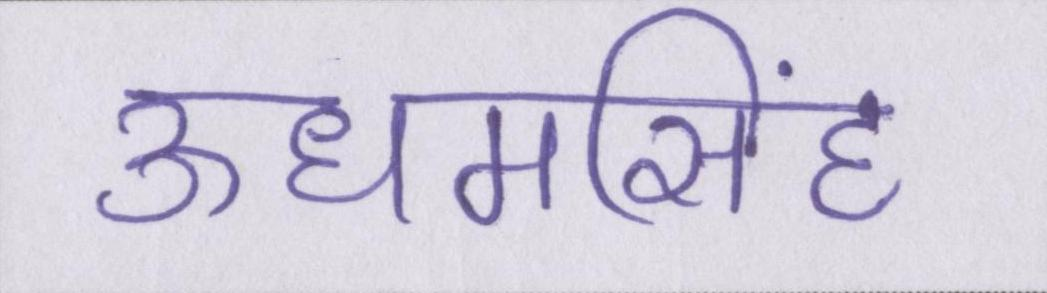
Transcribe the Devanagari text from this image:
ऊधमसिंह